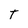
Character: T